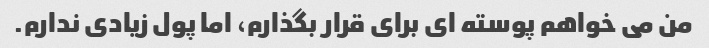
من می خواهم پوسته ای برای قرار بگذارم، اما پول زیادی ندارم.